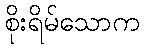
စိုးရိမ်သောက